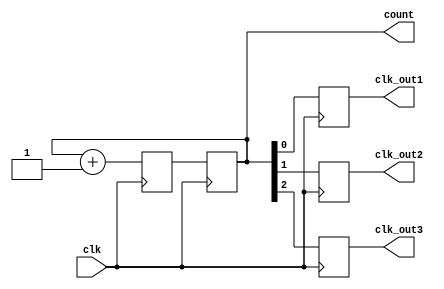
module ripple_counter (
    input wire clk,
    output reg [3:0] count,
    output reg clk_out1,
    output reg clk_out2,
    output reg clk_out3
);

reg [3:0] next_count;

always @(posedge clk) begin
    next_count <= count + 4'b0001;
end

always @(posedge clk) begin
    count <= next_count;
    clk_out1 <= count[0];
    clk_out2 <= count[1];
    clk_out3 <= count[2];
end

endmodule